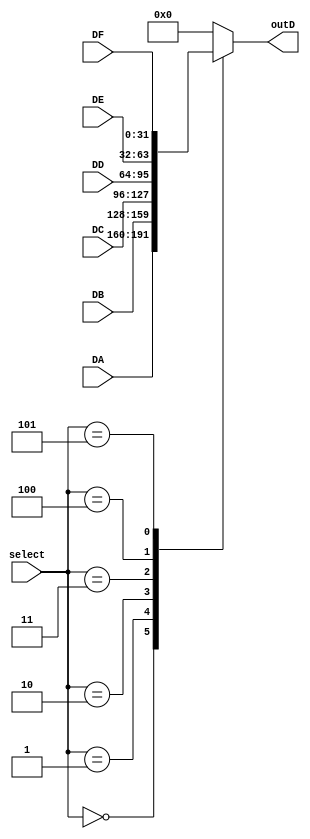
module mux4 (select, DA, DB,DC, DD, DE, DF, outD);
input [2:0] select;
input [31:0] DA, DB, DC, DD, DE, DF;
output reg [31:0] outD;
	
always @ (*) begin
 case (select)
	3'b0: outD = DA;	
	3'b01: outD = DB;
	3'b10: outD = DC;
	3'b11: outD = DD;
	3'b100: outD = DE;
	3'b101: outD = DF;
	default: outD = 0;
 endcase
end
endmodule